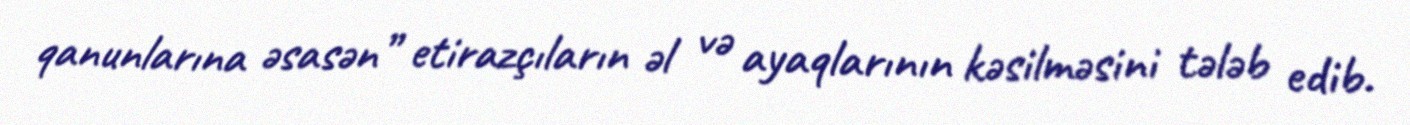
qanunlarına əsasən” etirazçıların əl və ayaqlarının kəsilməsini tələb edib.